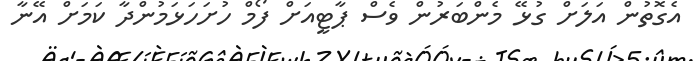
އެގޮތުން އަލަށް ގުޅޭ މެންބަރުން ވެސް ޕާޓީއަށް ފޯމް ހުށަހަޅަމުންދާ ކަމަށް އޭނާ